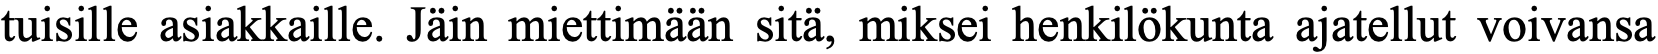
tuisille asiakkaille. Jäin miettimään sitä, miksei henkilökunta ajatellut voivansa